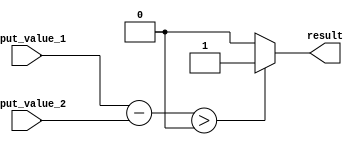
module greater_than_comparator (
    input signed [7:0] input_value_1,
    input signed [7:0] input_value_2,
    output reg result
);

reg signed [7:0] difference;

always @* begin
    difference = input_value_1 - input_value_2;
    if (difference > 0) begin
        result = 1;
    end else begin
        result = 0;
    end
end

endmodule